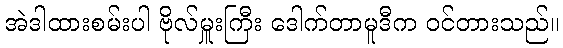
အဲဒါထားစမ်းပါ ဗိုလ်မှူးကြီး ဒေါက်တာမူဒီက ဝင်တားသည်။